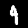
Digit: 4